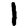
Digit: 1